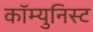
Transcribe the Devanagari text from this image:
कॉम्युनिस्ट